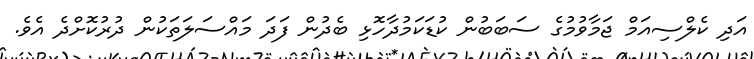
އަދި ކެލްސިއަމް ޖަމާވުމުގެ ސަބަބުން ކުޑަކަމުދާހޮޅި ބެދުން ފަދަ މައްސަލަތަކުން ދުރުކޮށްދެ އެވެ.